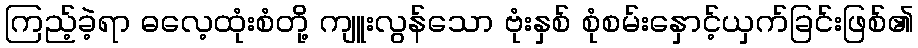
ကြည့်ခဲ့ရာ ဓလေ့ထုံးစံတို့ ကျူးလွန်သော ဗုံးနှစ် စုံစမ်းနှောင့်ယှက်ခြင်းဖြစ်၏